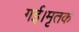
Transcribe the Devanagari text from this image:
गई।मृतक